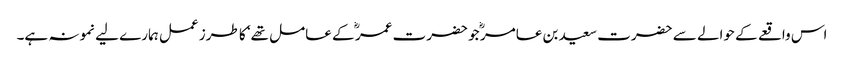
اس واقعے کے حوالے سے حضرت سعید بن عامر ؓ جو حضرت عمر ؓ کے عامل تھے‘ کا طرز عمل ہمارے لیے نمونہ ہے۔